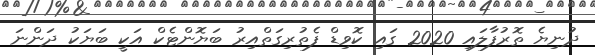
ދުނިޔެ ތޮރުފާލައި 2020 ގައި ކޮވިޑް ފެތުރިގަތްއިރު ބަޔޮންޓެކް އަކީ ބަޔަކު ދަންނަ